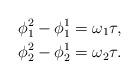
LaTeX: \begin{align*} \phi_1^2-\phi_1^1 & = \omega_1\tau, \\ \phi_2^2-\phi_2^1 & = \omega_2\tau. \end{align*}